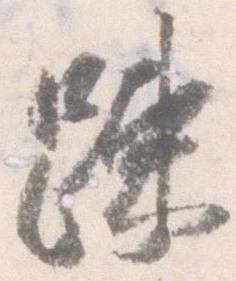
疎